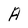
Character: A